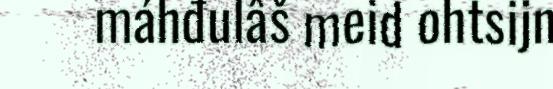
máhđulâš meid ohtsijn